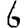
Digit: 6